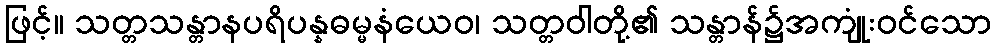
ဖြင့်။ သတ္တသန္တာနပရိပန္နဓမ္မနံယေဝ၊ သတ္တဝါတို့၏ သန္တာန်၌အကျုံးဝင်သော